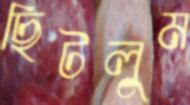
ছিটলুম